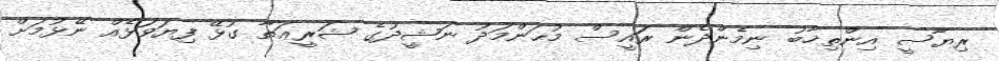
ރިޔާސީ އިންތިޚާބު ނިމެންދެން ރައީސް މުޙަންމަދު ނަޝީދުގެ ޝަރީޢަތާ ގުޅޭ ފިޔަވަޅެއް ނޭޅުމަށް